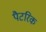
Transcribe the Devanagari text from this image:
पैटरिक